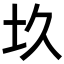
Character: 𡉌